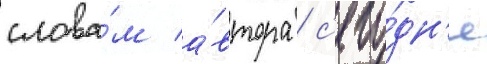
слова́м а́втора / с'его́дн'я